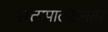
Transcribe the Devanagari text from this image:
सत्तापालटानंतर